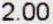
2.00